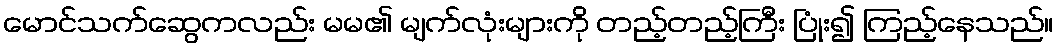
မောင်သက်ဆွေကလည်း မမ၏ မျက်လုံးများကို တည့်တည့်ကြီး ပြုံး၍ ကြည့်နေသည်။